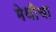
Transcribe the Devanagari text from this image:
मेथीचा